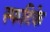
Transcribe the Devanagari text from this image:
स्फटिके